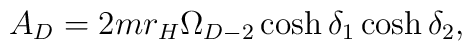
A_D=2mr_H\Omega_{D-2}\cosh\delta_1\cosh\delta_2,